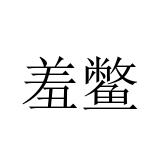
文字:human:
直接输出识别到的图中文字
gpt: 羞鳖